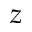
z